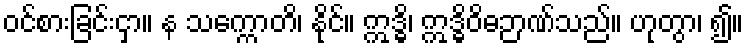
ဝင်စားခြင်းငှာ။ န သက္ကောတိ၊ နိုင်။ ဣဒ္ဓိ၊ ဣဒ္ဓိဝိဓဉာဏ်သည်။ ဟုတွာ၊ ၍။